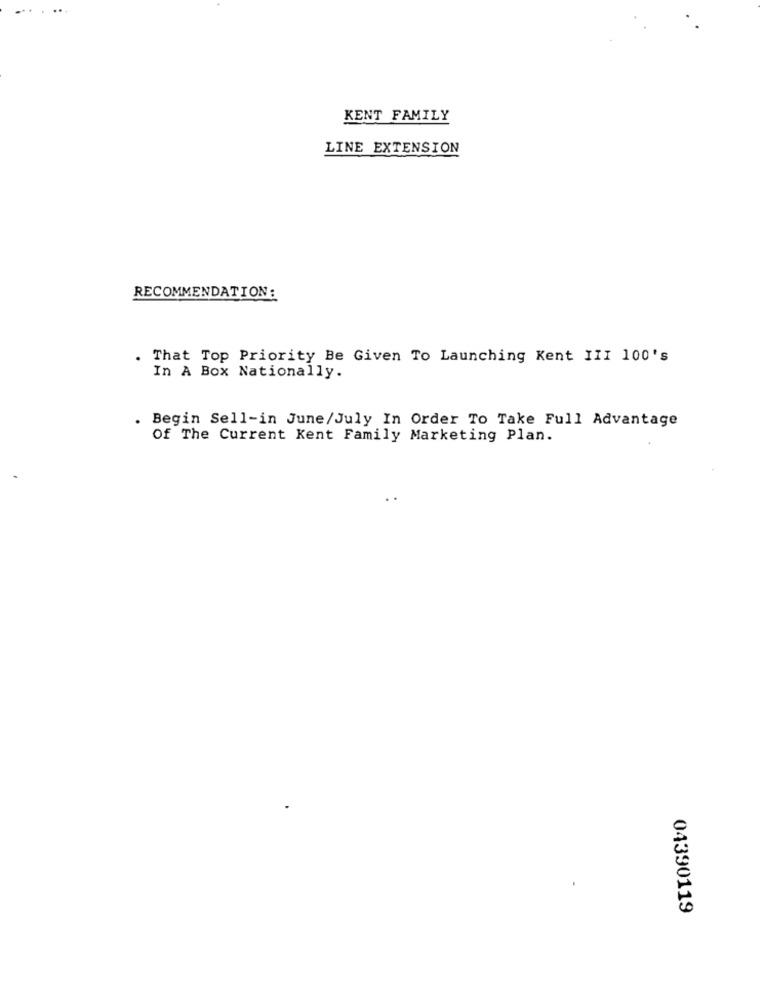
. ...
KENT FAMILY
LINE EXTENSION
RECOMMENDATION:
. That Top Priority Be Given To Launching Kent III 100's
In A Box Nationally.
. Begin Sell-in June/July In Order To Take Full Advantage
Of The Current Kent Family Marketing Plan.
04390119